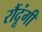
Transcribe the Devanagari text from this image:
रौंदूंगी